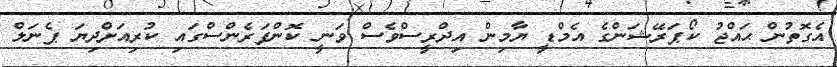
އެގޮތުން ޙައްޖު ކޯޕަރޭޝަންގެ އެމްޑީ ޔާމިން އިދްރީސްވެސް ވަނީ ކޮންފަރެންސްގައި ކުރިއަށްދިޔަ ޕެނަލް